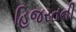
હિજરતની